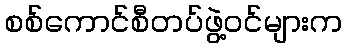
စစ်ကောင်စီတပ်ဖွဲ့ဝင်များက